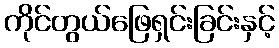
ကိုင်တွယ်ဖြေရှင်းခြင်းနှင့်